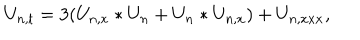
LaTeX: U _ { n , t } = 3 ( U _ { n , x } \ast U _ { n } + U _ { n } \ast U _ { n , x } ) + U _ { n , x x x } ,